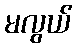
မလွယ်